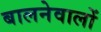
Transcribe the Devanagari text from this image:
बालनेवालों